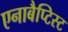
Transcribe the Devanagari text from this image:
एनाबैप्टिस्ट